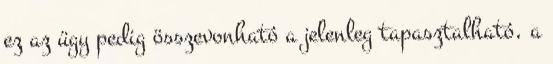
ez az ügy pedig összevonható a jelenleg tapasztalható, a